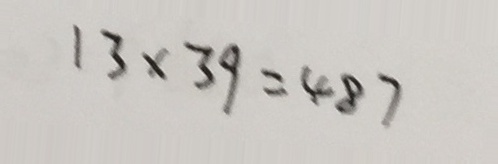
1 3 \times 3 9 = 4 8 7